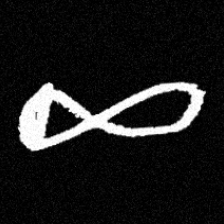
Pyu character \u2014 Myanmar letter: ဆ (romanized: cha)